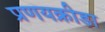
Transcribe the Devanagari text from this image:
प्रणयक्रीडा